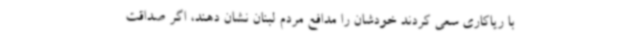
با ریاکاری سعی کردند خودشان را مدافع مردم لبنان نشان دهند، اگر صداقت